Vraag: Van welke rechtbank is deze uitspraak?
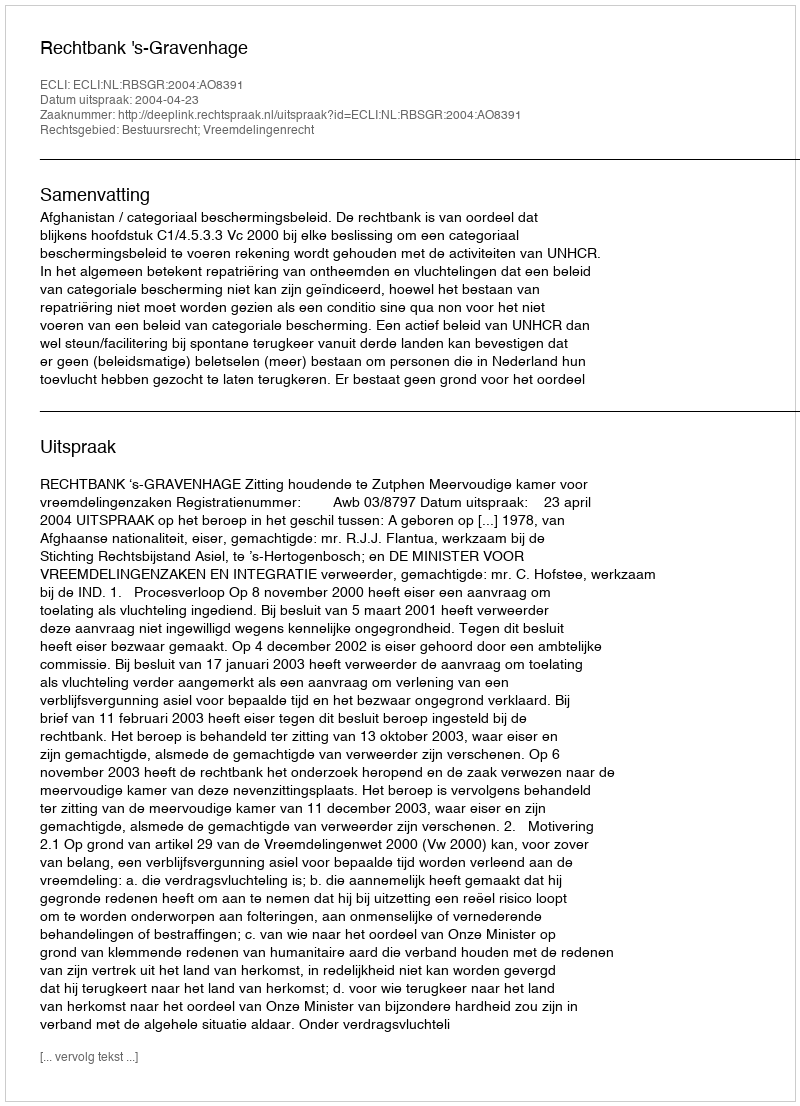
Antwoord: Rechtbank 's-Gravenhage